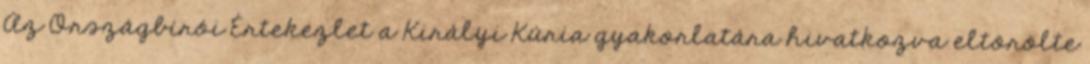
Az Országbírói Értekezlet a Királyi Kúria gyakorlatára hivatkozva eltörölte